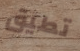
تطيق